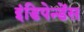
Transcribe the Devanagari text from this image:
इंडिपेन्डेंस